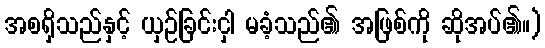
အစရှိသည်နှင့် ယှဉ်ခြင်းငှါ မခံ့သည်၏ အဖြစ်ကို ဆိုအပ်၏။)